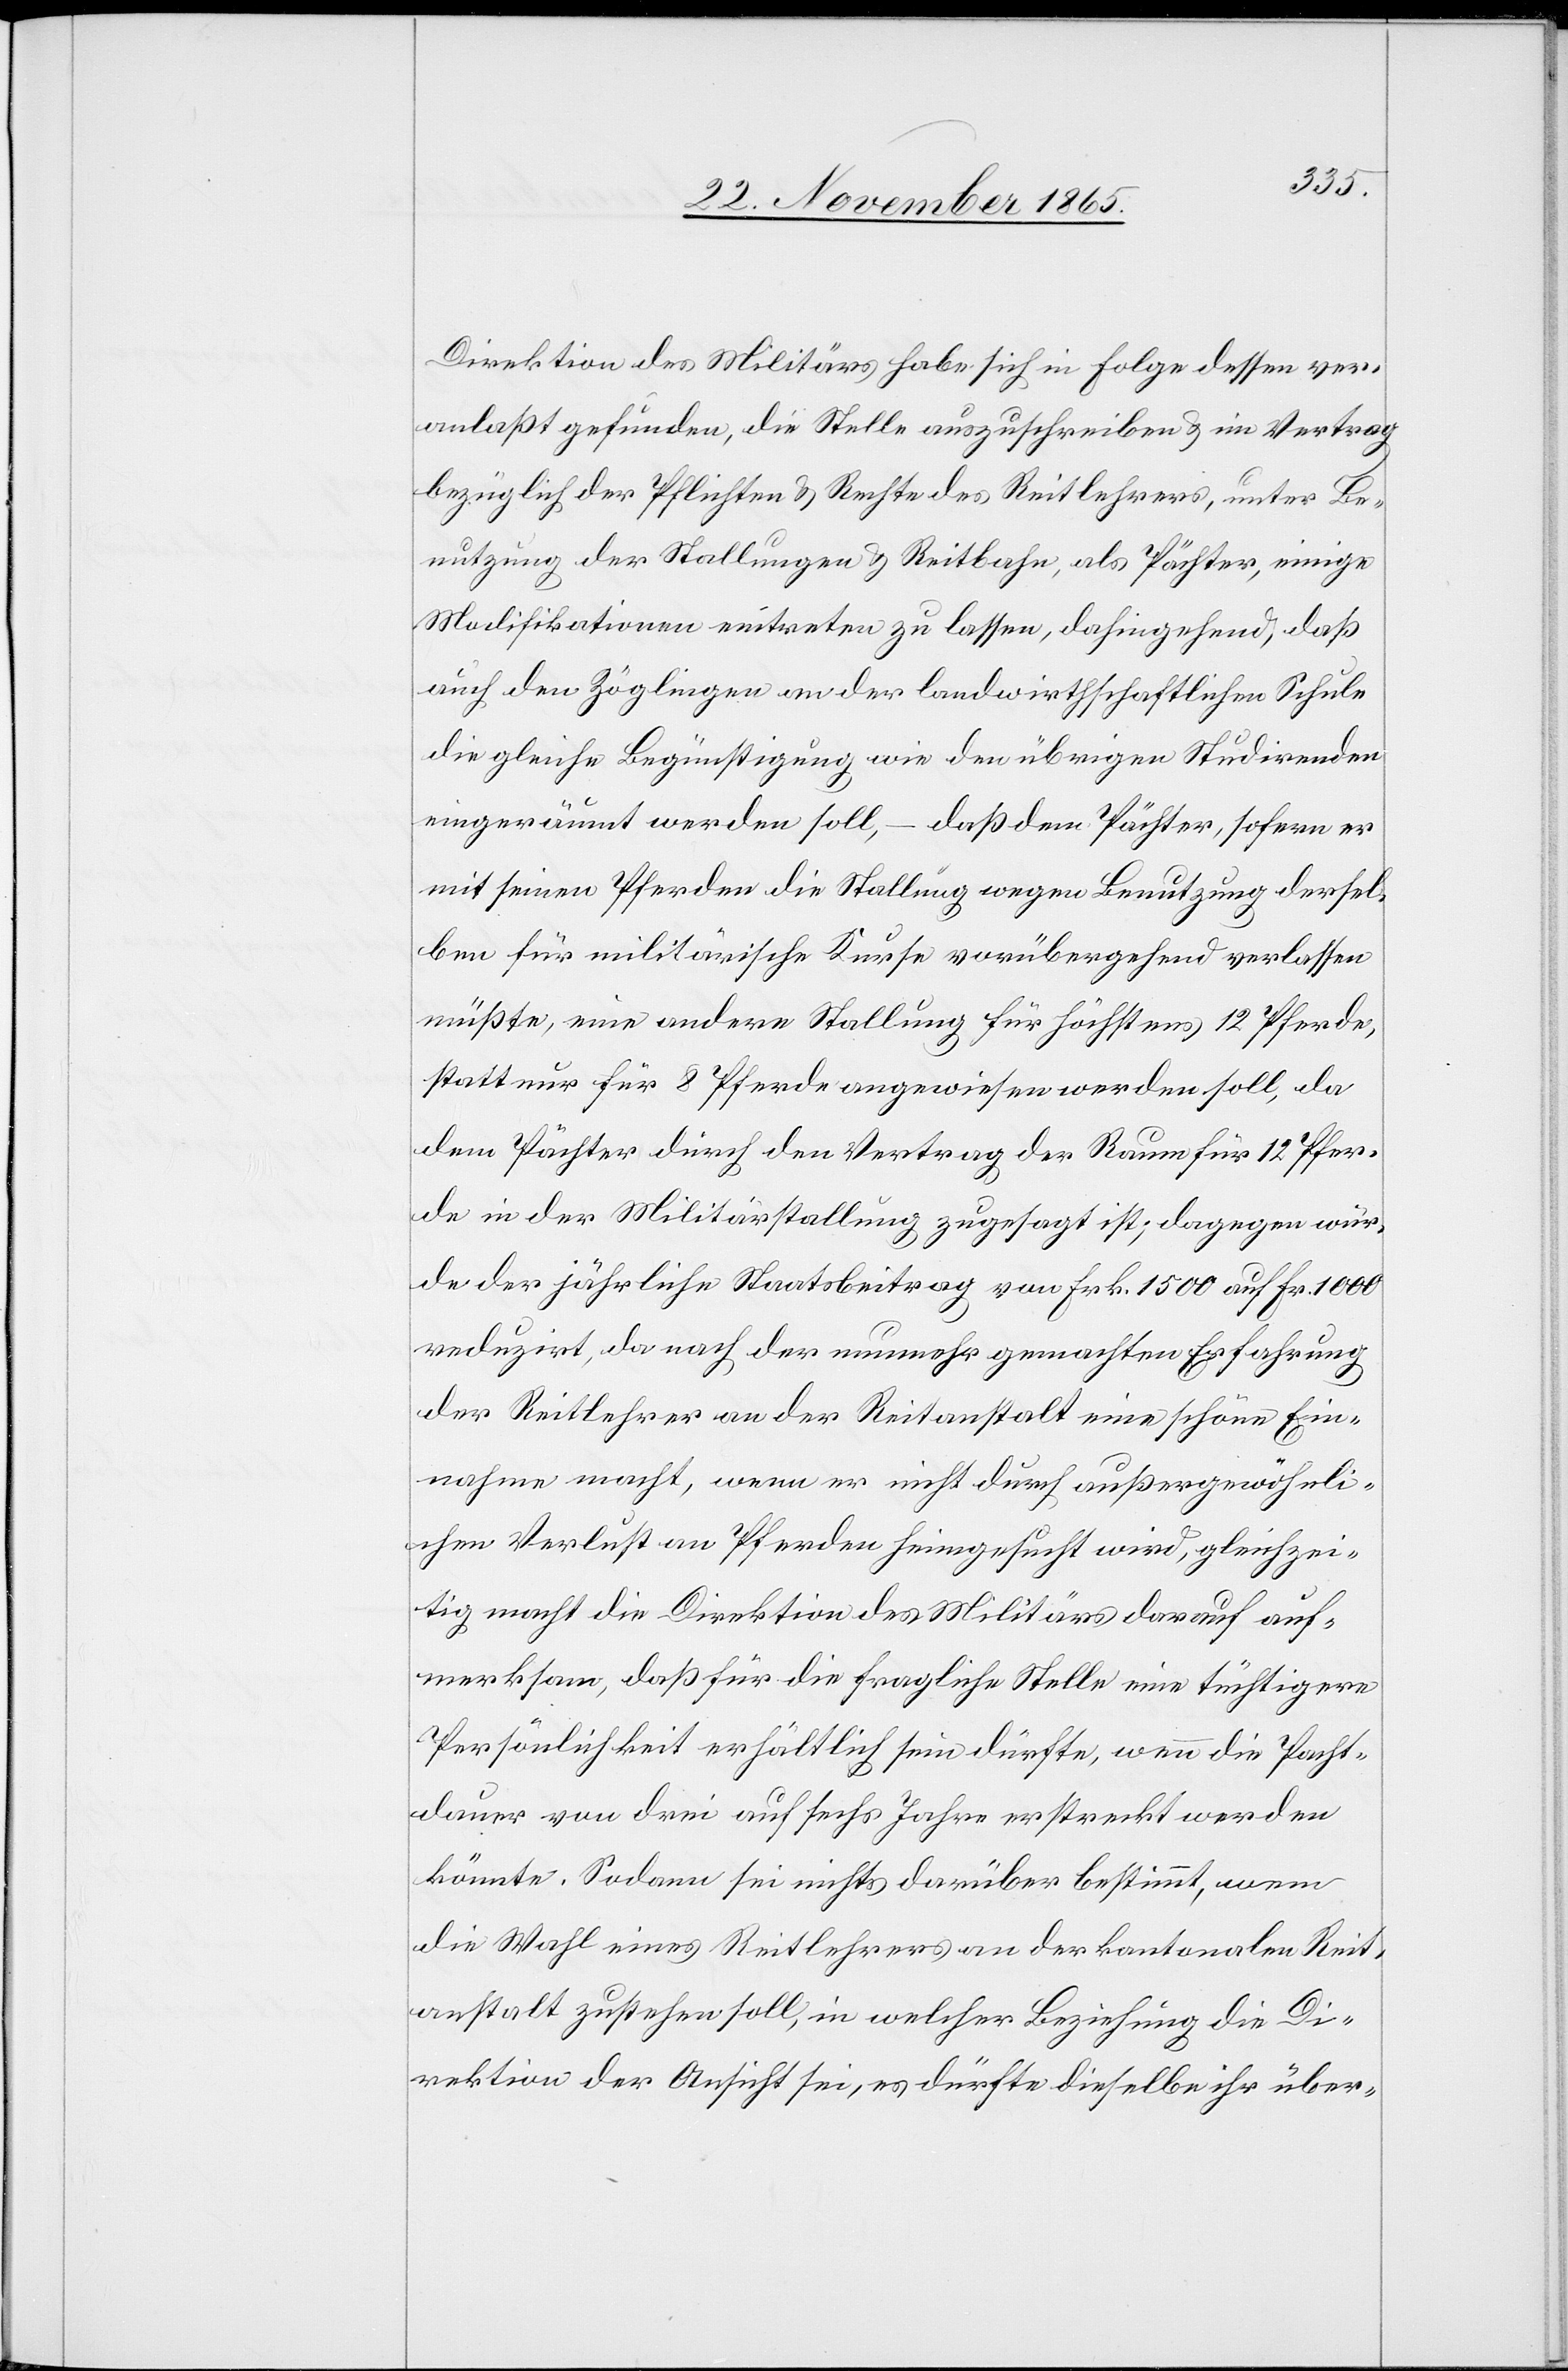
Direktion des Militärs habe sich in Folge dessen ver¬
anlaßt gesehen, die Stelle auszuschreiben & im Vertrag
bezüglich der Pflichten & Rechte des Reitlehrers, unter Be¬
nutzung der Stallungen & Reitbahn, als Pächter, einige
Modifikationen eintreten zu lassen, dahingehend, daß
auch den Zöglingen an der landwirthschaftlichen Schule
die gleiche Begünstigung wie den übrigen Studirenden
eingeräumt werden soll, – daß dem Pächter, sofern er
mit seinen Pferden die Stallung wegen Benutzung dersel¬
ben für militärische Kurse vorübergehend verlassen
müßte, eine andere Stallung für höchstens 12 Pferde,
statt nur für 8 Pferde angewiesen werden soll, da
dem Pächter durch den Vertrag der Raum für 12 Pfer¬
de in der Militärstallung zugesagt ist; dagegen wur¬
de der jährliche Staatsbeitrag von Frk. 1500 auf Fr. 1000
reduzirt, da nach der nunmehr gemachten Erfahrung
der Reitlehrer an der Reitanstalt eine schöne Ein¬
nahme macht, wenn er nicht durch außergewöhnli¬
chen Verlust an Pferden heimgesucht wird, gleichzei¬
tig macht die Direktion des Militärs darauf auf¬
merksam, daß für die fragliche Stelle eine tüchtigere
Persönlichkeit erhältlich sein dürfte, wenn die Pacht¬
dauer von drei auf sechs Jahre erstreckt werden
könnte. Sodann sei nichts darüber bestimmt, wem
die Wahl eines Reitlehrers an der kantonalen Reit¬
anstalt zustehen soll, in welcher Beziehung die Di¬
rektion der Ansicht sei, es dürfte dieselbe ihr über-